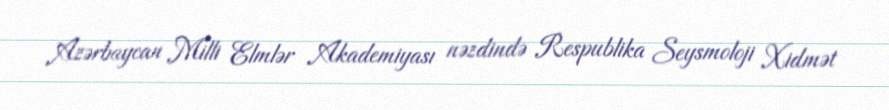
Azərbaycan Milli Elmlər Akademiyası nəzdində Respublika Seysmoloji Xidmət